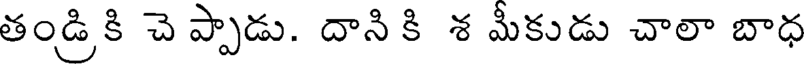
తండ్రికి చె ప్పాడు. దాని కి శ మీకుడు చాలా బాధ